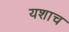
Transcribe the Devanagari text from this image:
यशाच